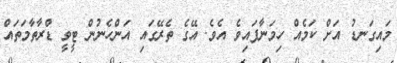
މައިގަނޑު އަށް ކަމެއް ހިމަނާފައިވެ އެވެ. އޭގެ ތެރޭގައި އަންހެނުން ޓީވީ ޑްރާތާމަތައް